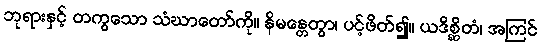
ဘုရားနှင့် တကွသော သံဃာတော်ကို။ နိမန္တေတွာ၊ ပင့်ဖိတ်၍။ ယဒိစ္ဆိတံ၊ အကြင်